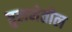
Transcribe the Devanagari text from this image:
तुलनेतील